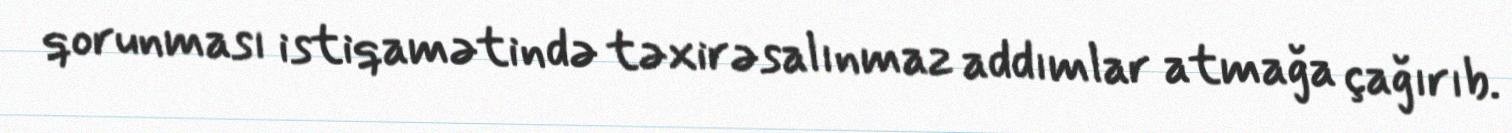
qorunması istiqamətində təxirəsalınmaz addımlar atmağa çağırıb.